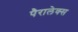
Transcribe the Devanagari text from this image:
पैरालेक्स